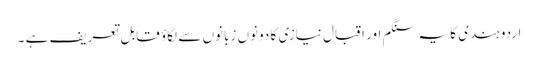
اردو ہندی کا یہ سنگم اور اقبال نیازی کا دونوں زبانوں سے لگاؤ قابل تعریف ہے ۔